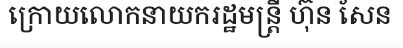
ក្រោយលោកនាយករដ្ឋមន្ត្រី ហ៊ុន សែន